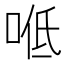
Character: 𠴓